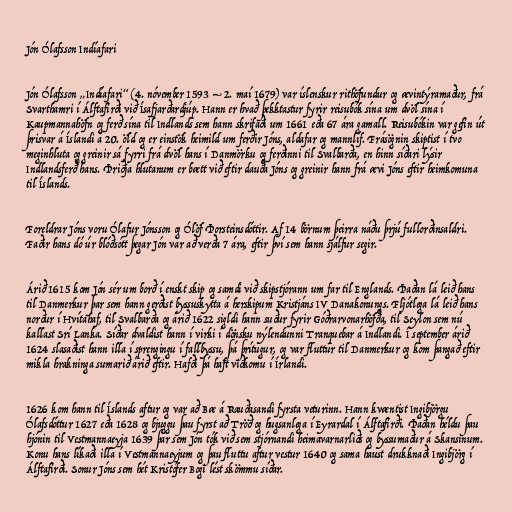
Jón Ólafsson Indíafari

Jón Ólafsson „Indíafari“ (4. nóvember 1593 – 2. maí 1679) var íslenskur rithöfundur og ævintýramaður, frá
Svarthamri í Álftafirði við Ísafjarðardjúp. Hann er hvað þekktastur fyrir reisubók sína um dvöl sína í
Kaupmannahöfn og ferð sína til Indlands sem hann skrifaði um 1661 eða 67 ára gamall. Reisubókin var gefin út
þrisvar á Íslandi á 20. öld og er einstök heimild um ferðir Jóns, aldafar og mannlíf. Frásögnin skiptist í tvo
meginhluta og greinir sá fyrri frá dvöl hans í Danmörku og ferðinni til Svalbarða, en hinn síðari lýsir
Indlandsferð hans. Þriðja hlutanum er bætt við eftir dauða Jóns og greinir hann frá ævi Jóns eftir heimkomuna
til Íslands.

Foreldrar Jóns voru Ólafur Jónsson og Ólöf Þorsteinsdóttir. Af 14 börnum þeirra náðu þrjú fullorðinsaldri.
Faðir hans dó úr blóðsótt þegar Jón var að verða 7 ára, eftir því sem hann sjálfur segir.

Árið 1615 kom Jón sér um borð í enskt skip og samdi við skipstjórann um far til Englands. Þaðan lá leið hans
til Danmerkur þar sem hann gerðist byssuskytta á herskipum Kristjáns IV Danakonungs. Fljótlega lá leið hans
norður í Hvítahaf, til Svalbarða og árið 1622 sigldi hann suður fyrir Góðrarvonarhöfða, til Seylon sem nú
kallast Srí Lanka. Síðar dvaldist hann í virki í dönsku nýlendunni Tranquebar á Indlandi. Í september árið
1624 slasaðist hann illa í sprengingu í fallbyssu, þá þrítugur, og var fluttur til Danmerkur og kom þangað eftir
mikla hrakninga sumarið árið eftir. Hafði þá haft viðkomu í Írlandi.

1626 kom hann til Íslands aftur og var að Bæ á Rauðasandi fyrsta veturinn. Hann kvæntist Ingibjörgu
Ólafsdóttur 1627 eða 1628 og bjuggu þau fyrst að Tröð og hugsanlega í Eyrardal í Álftafirði. Þaðan héldu þau
hjónin til Vestmannaeyja 1639 þar sem Jón tók við sem stjórnandi heimavarnarliðs og byssumaður á Skansinum.
Konu hans líkaði illa í Vestmannaeyjum og þau fluttu aftur vestur 1640 og sama haust drukknaði Ingibjörg í
Álftafirði. Sonur Jóns sem hét Kristófer Bogi lést skömmu síðar.